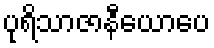
ပုရိသာဇာနီယောပေ